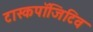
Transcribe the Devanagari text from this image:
टास्कपॉजिटिव